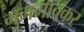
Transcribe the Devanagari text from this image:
गुमगावकर